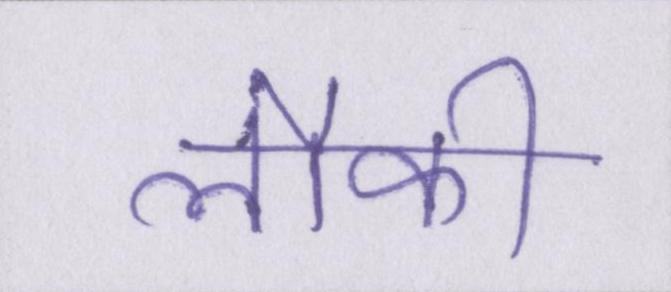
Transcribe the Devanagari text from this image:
लौकी